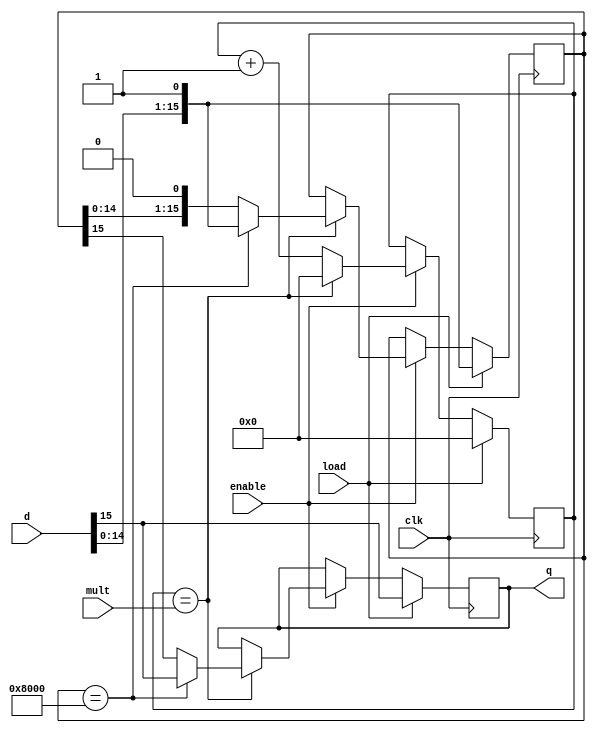
module bit_shifter(
	input					clk,		// pixelclock
	input	[width-1:0]	d,			// input data word
	input 				load,		// force load of word, reset counter
	input 				enable,	// enable output
	input [3:0]			mult,		// multiplier/repeater less one
	output reg			q			// output
);
	
parameter width = 16;

reg[width-1:0] fifo = 16'h8000;
reg[3:0] counter = 0;

always @ (posedge clk)
	if (load) begin
		{q, fifo} <= {d, 1'b1};
		counter <= 0;
	end else if(enable) begin
		if (counter == mult) begin
			if (fifo == 16'h8000)
				{q, fifo} <= {d, 1'b1};
			else
				{q, fifo} <= {fifo, 1'b0};
			counter <= 0;
		end else begin
			counter <= counter + 1'd1;
		end
	end

endmodule